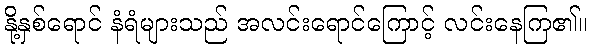
နို့နှစ်ရောင် နံရံများသည် အလင်းရောင်ကြောင့် လင်းနေကြ၏။